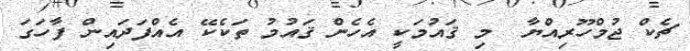
ޗެކް ޖުމްހޫރިއްޔާ  މި ޤައުމަކީ އެހެން ޤައުމު ތަކެކޭ އެއްފަދައިން ފާހަގަ